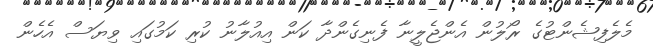
މެލެފިޝެންޓުގެ ރޯލުން އެންޖެލީނާ ފެނިގެންދާ ކަން އިއުލާނު ކުރި ކަމުގައި ވިޔަސް އެހެން